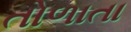
તોળાતા